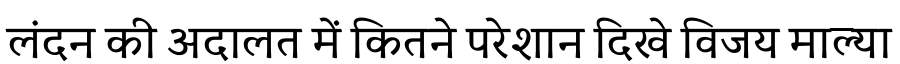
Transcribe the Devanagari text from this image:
लंदन की अदालत में कितने परेशान दिखे विजय माल्या